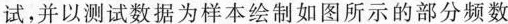
测试，并以测试数据为样本绘制如图所示的部分频数